Rangoon Lunatic Asylum 1878-1892 - 1878-1892
Year: 1878
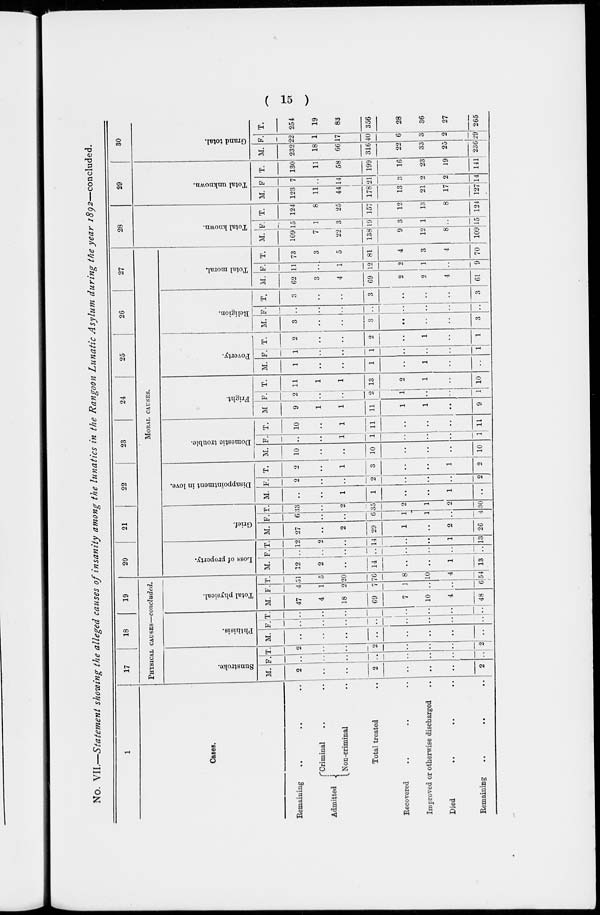
( 15 )
No. VII.—Statement showing the alleged causes of insanity among the lunatics in the Rangoon Lunatic Asylum during the year 1892—concluded.
1
Cases.
Remaining .. .. ..
Admitted
Criminal .. ..
Non -criminal ..
Total treated ..
Recovered .. .. ..
Improved or otherwise discharged ..
Died .. .. ..
Remaining .. .. ..
17
18
19
PHYSICAL CAUSES—concluded.
Sunstroke.
M.
2
..
..
2
..
..
..
2
F.
..
..
..
...
..
..
..
..
T.
2
..
..
2
..
..
..
2
Phthisis.
M.
..
..
..
..
..
..
..
..
F.
..
..
..
..
..
..
..
..
T.
..
..
..
..
..
..
..
..
Total physical.
M.
47
4
18
69
7
10
4
48
F.
4
1
2
7
1
..
..
6
T.
51
5
20
76
8
10
4
54
20
21
22
23
24
25
26
27
MORAL CAUSES.
Loss of property.
M.
12
2
..
14
..
..
1
13
F.
..
..
..
..
..
..
..
..
T.
12
2
..
14
..
..
1
13
Grief.
M.
27
..
2
29
1
..
2
26
F.
6
..
..
6
1
1
..
4
T.
33
..
2
35
2
1
2
30
Disappointment in love.
M.
..
..
1
1
..
..
1
..
F.
2
..
..
2
..
..
..
2
T.
2
..
1
3
..
..
1
2
Domestic trouble.
M.
10
..
..
10
..
..
..
10
F.
..
..
1
1
..
..
..
1
T.
10
..
1
11
..
..
..
11
Fright.
M
9
1
1
11
1
1
..
9
F.
2
..
..
2
1
..
..
1
T.
11
1
1
13
2
1
..
10
Poverty.
M.
1
..
..
1
..
1
..
..
F.
1
..
..
1
..
..
..
1
T.
2
..
..
2
..
1
..
1
Religion.
M.
3
..
..
3
..
..
..
3
F.
..
..
..
..
..
..
..
..
T.
3
..
..
3
..
..
..
3
Total moral.
M.
62
3
4
69
2
2
4
61
F.
11
..
1
12
2
1
..
9
T.
73
3
5
81
4
3
4
70
28
Total known.
M.
109
7
22
138
9
12
8
109
F.
15
1
3
19
3
1
..
15
T.
124
8
25
157
12
13
8
124
29
Total unknown.
M.
123
11
44
178
13
21
17
127
F.
7
..
14
21
3
2
2
14
T.
130
11
58
199
16
23
19
141
30
Grand total.
M.
232
18
66
316
22
33
25
236
F.
22
1
17
40
6
3
2
29
T.
254
19
83
356
28
36
27
265